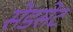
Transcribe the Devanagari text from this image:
सेडसेट